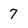
Character: 7